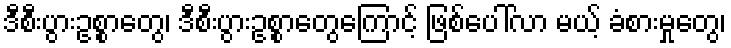
ဒီစီးပွားဥစ္စာတွေ၊ ဒီစီးပွားဥစ္စာတွေကြောင့် ဖြစ်ပေါ်လာ မယ့် ခံစားမှုတွေ၊